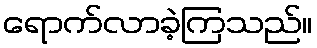
ရောက်လာခဲ့ကြသည်။